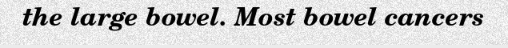
the large bowel. Most bowel cancers